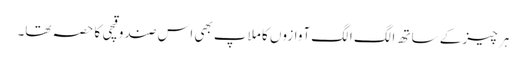
ہر چیز کے ساتھ الگ الگ آوازوں کا ملاپ بھی اس صندوقچی کا حصہ تھا۔